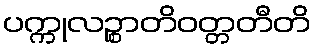
ပက္ကုလဉ္စာတိဝတ္တတီတိ